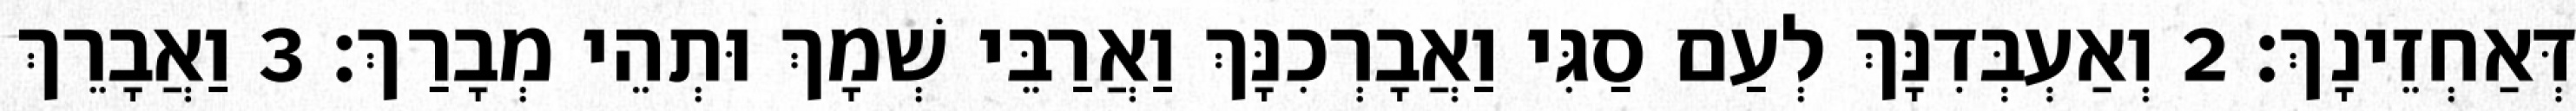
דְּאַחְזֵינָךְ׃ 2 וְאַעְבְּדִנָּךְ לְעַם סַגִּי וַאֲבָרְכִנָּךְ וַאֲרַבֵּי שְׁמָךְ וּתְהֵי מְבָרַךְ׃ 3 וַאֲבָרֵךְ